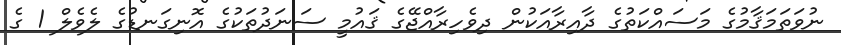
ނުވަތަމަޤާމުގެ މަސައްކަތުގެ ދާއިރާއަކުން ދިވެހިރާއްޖޭގެ ޤައުމީ ސަނަދުތަކުގެ އޮނިގަނޑުގެ ލެވެލް 1 ގެ